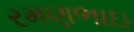
રમણભાઇ